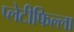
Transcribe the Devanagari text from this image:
प्लेटीफिल्ला